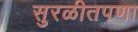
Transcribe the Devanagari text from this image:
सुरळीतपणा